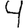
Digit: 4